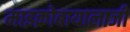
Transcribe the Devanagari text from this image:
माइक्रोबायालाजी